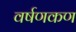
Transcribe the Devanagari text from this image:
वर्षणकण